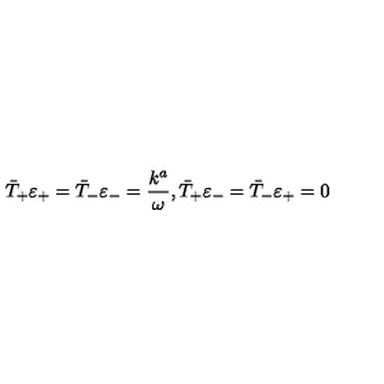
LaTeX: \bar { T } _ { + } { \varepsilon } _ { + } = \bar { T } _ { - } \varepsilon _ { - } = \frac { k ^ { a } } { \omega } , \bar { T } _ { + } { \varepsilon } _ { - } = \bar { T } _ { - } \varepsilon _ { + } = 0